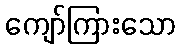
ကျော်ကြားသော